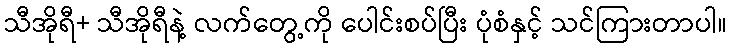
သီအိုရီ+ သီအိုရီနဲ့ လက်တွေ့ကို ပေါင်းစပ်ပြီး ပုံစံနှင့် သင်ကြားတာပါ။